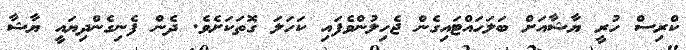
ކްރިސް ހުރީ ޔާޝާއަށް ބަލަހައްޓައިގެން ޖެހިލުންވެފައި ކަހަލަ ގޮތަކަށެވެ. ދެން ފެނިގެންދިޔައީ ޔާޝާ